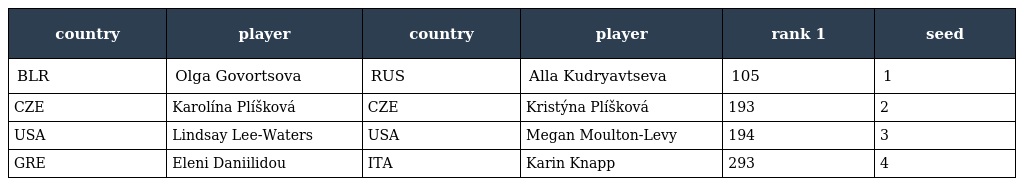
| country | player | country | player | rank 1 | seed |
 | --- | --- | --- | --- | --- | --- |
 | BLR | Olga Govortsova | RUS | Alla Kudryavtseva | 105 | 1 |
 | CZE | Karolína Plíšková | CZE | Kristýna Plíšková | 193 | 2 |
 | USA | Lindsay Lee-Waters | USA | Megan Moulton-Levy | 194 | 3 |
 | GRE | Eleni Daniilidou | ITA | Karin Knapp | 293 | 4 |